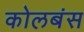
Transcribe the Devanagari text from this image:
कोलबंस